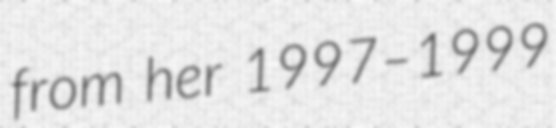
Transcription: from her 1997–1999